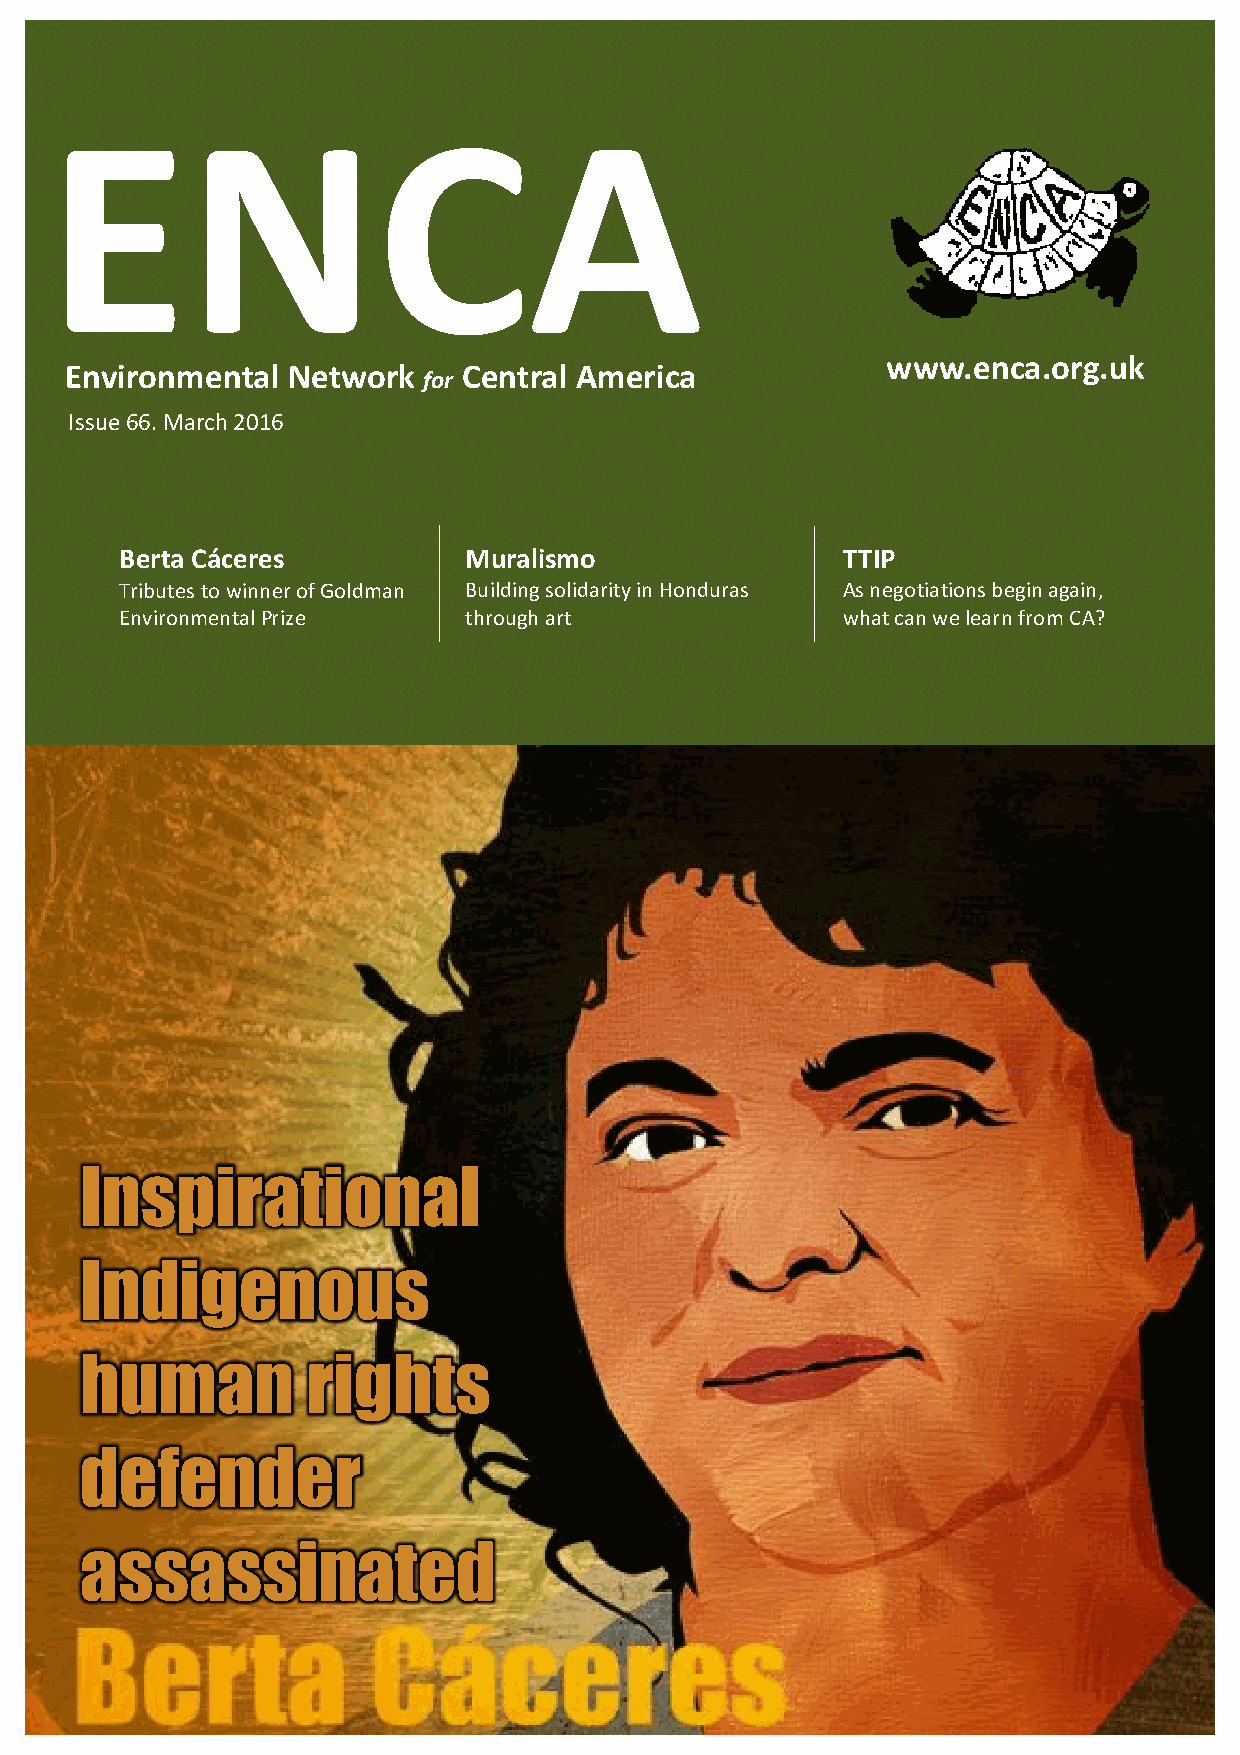
[Type here]
 ENCA
 Environmental  Network
 for
 Central America
 www.enca.org.uk
 Issue 66. March 2016
 Berta Cáceres          Muralismo                TTIP
 Tributes to winner of Goldman Building solidarity in Honduras As negotiations begin again,
 Environmental Prize    through art              what can we learn from CA?
 Inspirational
 Indigenous
 human          rights
 defender
 assassinated